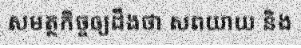
សមត្ថកិច្ចឲ្យដឹងថា សពយាយ និង